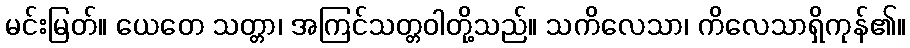
မင်းမြတ်။ ယေတေ သတ္တာ၊ အကြင်သတ္တဝါတို့သည်။ သကိလေသာ၊ ကိလေသာရှိကုန်၏။